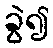
ခွဲ၍